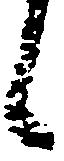
候